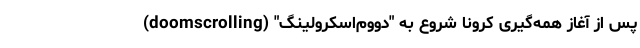
پس از آغاز همه‌گیری کرونا شروع به "دووم‌اسکرولینگ" (doomscrolling)